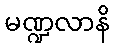
မဏ္ဍလာနိ